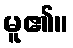
မူ၏။